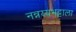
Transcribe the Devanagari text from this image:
नन्नय्यभट्टाला